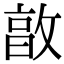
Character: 㪟